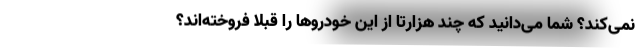
نمی‌کند؟ شما می‌دانید که چند هزارتا از این خودروها را قبلا فروخته‌اند؟